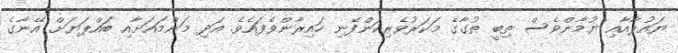
ޔައުލާއާއި ޔުމާންވެސް ތިބީ ތުގާގެ މަކަރުވެރިކަންފެނި ހައިރާންވެފައެވެ. އަދި މަންމައަށާއި ބައްޕަޔަށް އޭނާގެ